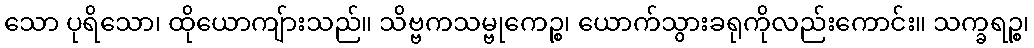
သော ပုရိသော၊ ထိုယောကျ်ားသည်။ သိဗ္ဗကသမ္ဗုကေဉ္စ၊ ယောက်သွားခရုကိုလည်းကောင်း။ သက္ခရဉ္စ၊